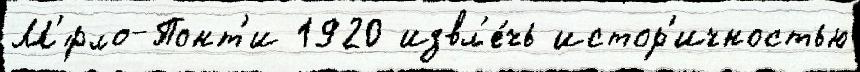
М'́рло-Понт'и 1920 извл'е́чь истор'ичностью